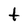
Character: t